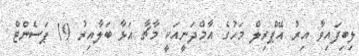
ލިބިފައިވާ އިރު އޭޕްރިލް މަހުގެ އާމްދަނީއަކީ މާޗާ އަޅާ ބަލާއިރު 19 ޕަސެންޓް